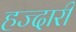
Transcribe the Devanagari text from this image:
हज्दारी